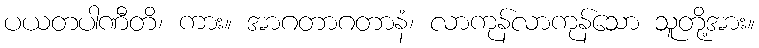
ပယတပါဏီတိ၊ ကား။ အာဂတာဂတာနံ၊ လာကုန်လာကုန်သော သူတို့အား။